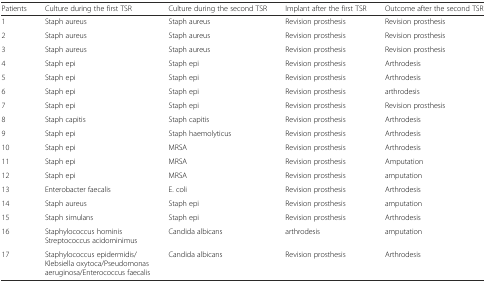
| Patients | Culture during the first TSR | Culture during the second TSR | Implant after the first TSR | Outcome after the second TSR |
 | --- | --- | --- | --- | --- |
 | 1 | Staph aureus | Staph aureus | Revision prosthesis | Revision prosthesis |
 | 2 | Staph aureus | Staph aureus | Revision prosthesis | Revision prosthesis |
 | 3 | Staph aureus | Staph aureus | Revision prosthesis | Revision prosthesis |
 | 4 | Staph epi | Staph epi | Revision prosthesis | Arthrodesis |
 | 5 | Staph epi | Staph epi | Revision prosthesis | Arthrodesis |
 | 6 | Staph epi | Staph epi | Revision prosthesis | arthrodesis |
 | 7 | Staph epi | Staph epi | Revision prosthesis | Revision prosthesis |
 | 8 | Staph capitis | Staph capitis | Revision prosthesis | Arthrodesis |
 | 9 | Staph epi | Staph haemolyticus | Revision prosthesis | Arthrodesis |
 | 10 | Staph epi | MRSA | Revision prosthesis | Arthrodesis |
 | 11 | Staph epi | MRSA | Revision prosthesis | Amputation |
 | 12 | Staph epi | MRSA | Revision prosthesis | amputation |
 | 13 | Enterobacter faecalis | E. coli | Revision prosthesis | Arthrodesis |
 | 14 | Staph aureus | Staph epi | Revision prosthesis | amputation |
 | 15 | Staph simulans | Staph epi | Revision prosthesis | Arthrodesis |
 | 16 | Staphylococcus hominisStreptococcus acidominimus | Candida albicans | arthrodesis | amputation |
 | 17 | Staphylococcus epidermidis/Klebsiella oxytoca/Pseudomonas aeruginosa/Enterococcus faecalis | Candida albicans | Revision prosthesis | Arthrodesis |